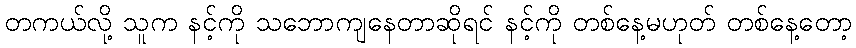
တကယ်လို့ သူက နင့်ကို သဘောကျနေတာဆိုရင် နင့်ကို တစ်နေ့မဟုတ် တစ်နေ့တော့